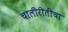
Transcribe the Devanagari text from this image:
चालीरीतींचा